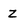
Character: Z